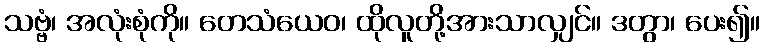
သဗ္ဗံ၊ အလုံးစုံကို။ တေသံယေဝ၊ ထိုလူတို့အားသာလျှင်။ ဒတွာ၊ ပေး၍။